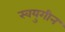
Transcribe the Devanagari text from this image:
स्वयुगीन